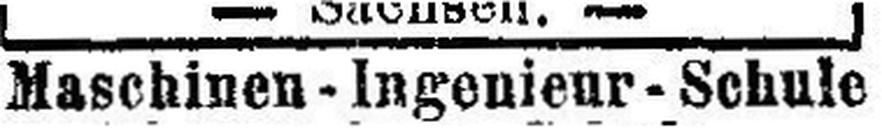
Maschinen-Ingenieur-Schule